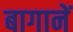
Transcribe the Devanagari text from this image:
बागानें